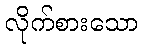
လိုက်စားသော